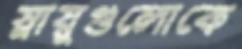
স্নায়ুগুলোকে